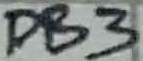
Text: DB3